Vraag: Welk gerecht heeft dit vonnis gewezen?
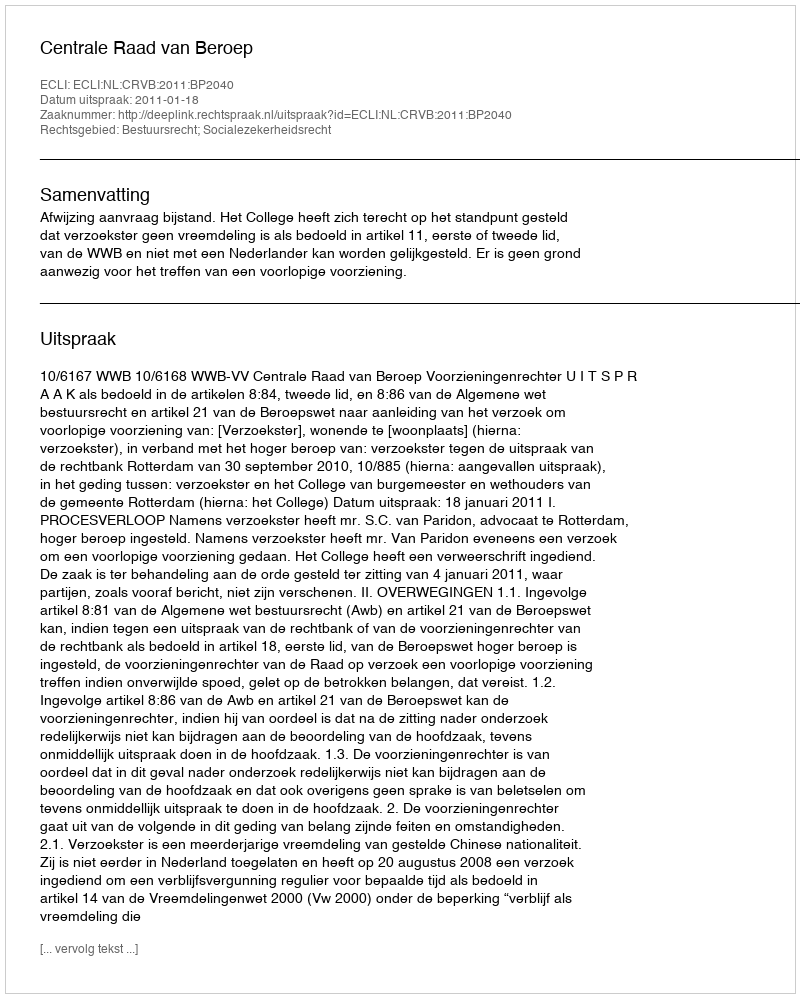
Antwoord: Centrale Raad van Beroep